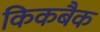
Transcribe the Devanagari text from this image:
किकबैक